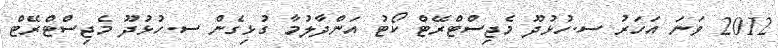
2012 ވަނަ އަހަރު ސ.ހުޅުދޫ މެޖިސްޓްރޭޓް ކޯޓު އަންދާލުމާ ގުޅިގެން ސ.ހުޅުދޫ މެޖިސްޓްރޭޓް